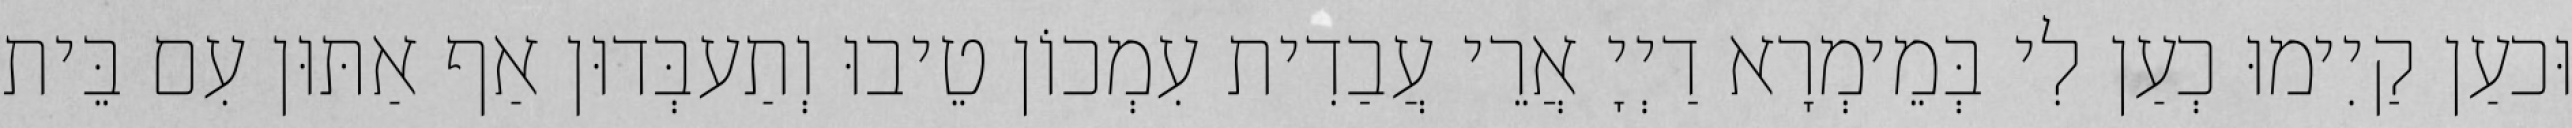
וּכעַן קַיִימוּ כְעַן לִי בְּמֵימְרָא דַיְיָ אֲרֵי עֲבַדִית עִמְכוֹן טֵיבוּ וְתַעבְּדוּן אַף אַתּוּן עִם בֵּית